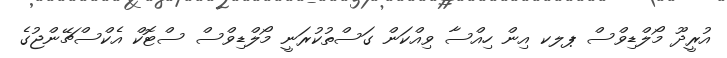
އުރީދޫ މޯލްޑިވްސް ޕލކ އިން ހިއްސާ ވިއްކަން ގަސްތުކުރަނީ މޯލްޑިވްސް ސްޓޮކް އެކްސްޗޭންޖުގެ